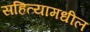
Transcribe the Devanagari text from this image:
सहित्यामधील